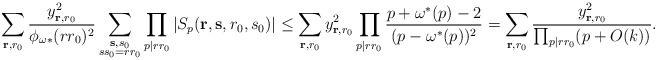
LaTeX: \begin{align*}\sum_{\mathbf{r},r_0}\frac{y_{\mathbf{r},r_0}^2}{\phi_{\omega*}(rr_0)^2}\sum_{\substack{\mathbf{s},s_0\\ ss_0=rr_0}}\prod_{p|rr_0}|S_p(\mathbf{r},\mathbf{s},r_0,s_0)|\le \sum_{\mathbf{r},r_0}y_{\mathbf{r},r_0}^2\prod_{p|rr_0}\frac{p+\omega^*(p)-2}{(p-\omega^*(p))^2}=\sum_{\mathbf{r},r_0}\frac{y_{\mathbf{r},r_0}^2}{\prod_{p|rr_0}(p+O(k))}.\end{align*}